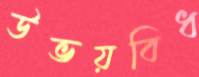
উভয়বিধ